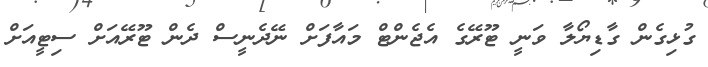
ގުޅިގެން ގާޑިޔޯލާ ވަނީ ޓޫރޭގެ އެޖެންޓް މައާފަށް ނޭދެނީސް ދެން ޓޫރޭއަށް ސިޓީއަށް